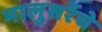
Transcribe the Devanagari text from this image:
मालुसरेंचे